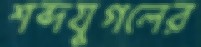
শব্দযুগলের